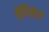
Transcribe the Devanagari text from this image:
औदितोर्य